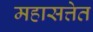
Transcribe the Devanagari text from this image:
महासत्तेत